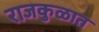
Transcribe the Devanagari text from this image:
राजकुळात